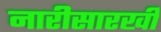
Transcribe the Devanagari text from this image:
नारीसारखी